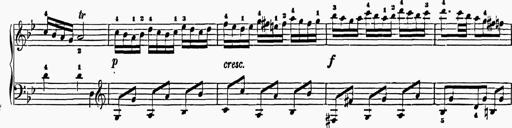
Title: 6 Sonatas
Composer: Muzio Clementi